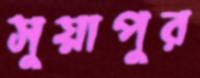
সুয়াপুর